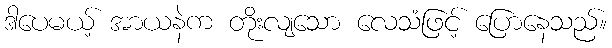
ဒါပေမယ့် အာယနဲက တိုးလျသော လေသံဖြင့် ပြောနေသည်။